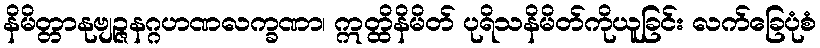
နိမိတ္တာနုဗျဉ္ဇနဂ္ဂဟဏလက္ခဏာ၊ ဣတ္ထိနိမိတ် ပုရိသနိမိတ်ကိုယူခြင်း လက်ခြေပုံစံ